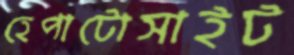
হেপাটোসাইট